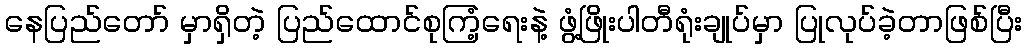
နေပြည်တော် မှာရှိတဲ့ ပြည်ထောင်စုကြံ့ရေးနဲ့ ဖွံ့ဖြိုးပါတီရုံးချုပ်မှာ ပြုလုပ်ခဲ့တာဖြစ်ပြီး